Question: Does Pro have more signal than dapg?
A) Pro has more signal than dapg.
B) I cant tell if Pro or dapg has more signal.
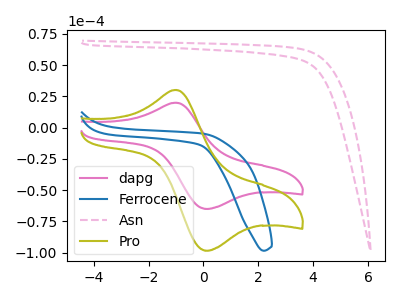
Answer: <think>The pink curve "dapg" has an anodic peak at (-1.00V, 19.90uA) and a cathodic peak at (0.20V, -64.95uA). The blue curve "Ferrocene" has no peaks. The pink dashed curve "Asn" has no peaks. The olive curve "Pro" has an anodic peak at (-1.00V, 30.15uA) and a cathodic peak at (0.20V, -98.30uA).
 All the peaks in "Pro" have a peak in "dapg" at the same potential. Every peak in "Pro" is higher than every peak in "dapg".</think>
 <answer>A) "Pro" has more signal than "dapg".</answer>
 <eval>A</eval>